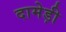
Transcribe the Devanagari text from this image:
दामेड़ी